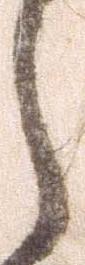
ら